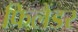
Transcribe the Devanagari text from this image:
फिलैंडर